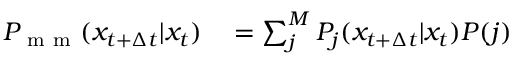
\begin{array} { r l } { P _ { \mathrm { ~ m ~ m ~ } } ( x _ { t + \Delta t } | x _ { t } ) } & { { } = \sum _ { j } ^ { M } P _ { j } ( x _ { t + \Delta t } | x _ { t } ) P ( j ) } \end{array}